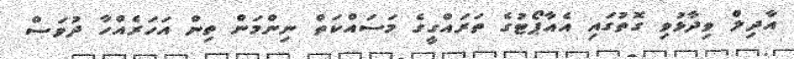
އާދިލް ވިދާޅުވި ގޮތުގައި އެއާޕޯޓުގެ ތަރައްގީގެ މަސައްކަތް ނިންމަން ތިން އަހަރެއްހާ ދުވަސް